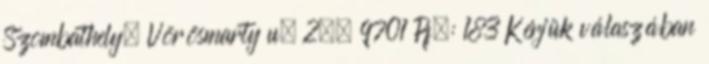
Szombathely, Vörösmarty u. 2., 9701 Pf.: 183 Kérjük válaszában